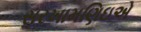
સરખામણિઇએ